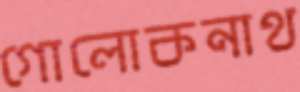
গোলোকনাথ